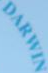
DARWIN